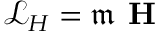
\mathcal { L } _ { H } = \mathfrak { m } \textbf { H }